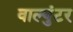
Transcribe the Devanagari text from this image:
वाल्युंटर